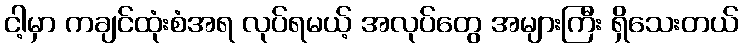
ငါ့မှာ ကချင်ထုံးစံအရ လုပ်ရမယ့် အလုပ်တွေ အများကြီး ရှိသေးတယ်